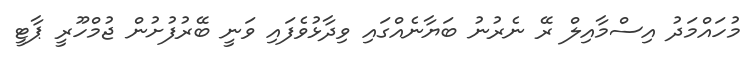
މުހައްމަދު އިސްމާއިލް ރޭ ނެރުނު ބަޔާނެއްގައި ވިދާޅުވެފައި ވަނީ ބޭރުފުށުން ޖުމްހޫރީ ޕާޓީ